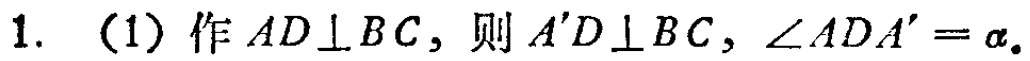
1. （1）作 \(AD\perp BC\)，则 \(A'D\perp BC\)，\(\angle ADA' = \alpha\)。